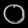
Digit: ၀